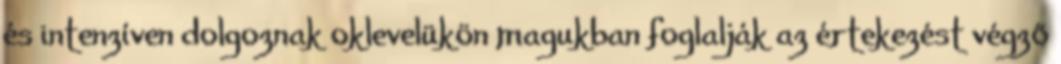
és intenzíven dolgoznak oklevelükön magukban foglalják az értekezést végző